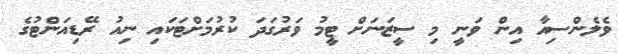
ވެލެންސިއާ އިން ވަނީ މި ސީޒަނަށް ޓީމު ވަރުގަދަ ކުރުމަށްޓަކައި ނިއު ރޭޑިއަންޓުގެ